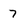
Character: 7